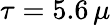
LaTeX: \tau=5.6\, \mu